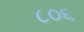
૮૦૬